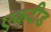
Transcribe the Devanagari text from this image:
एकदीड